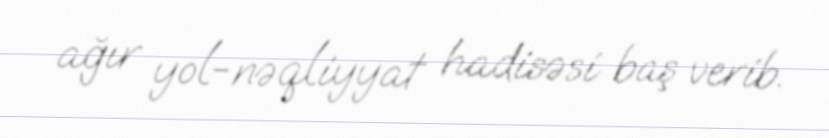
ağır yol-nəqliyyat hadisəsi baş verib.